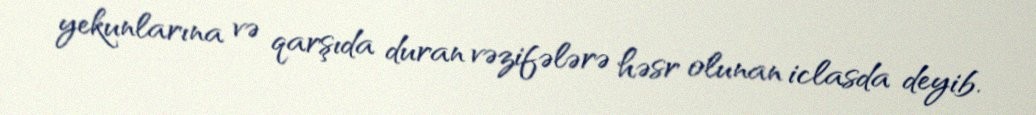
yekunlarına və qarşıda duran vəzifələrə həsr olunan iclasda deyib.